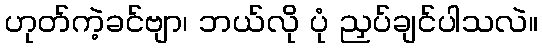
ဟုတ်ကဲ့ခင်ဗျာ၊ ဘယ်လို ပုံ ညှပ်ချင်ပါသလဲ။